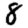
Digit: 8